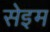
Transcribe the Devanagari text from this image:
सेइम